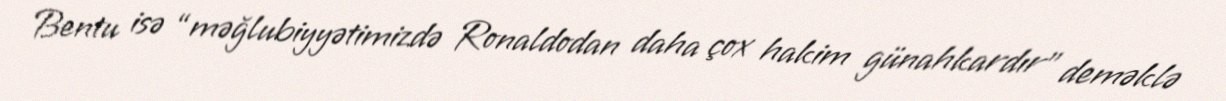
Bentu isə “məğlubiyyətimizdə Ronaldodan daha çox hakim günahkardır” deməklə